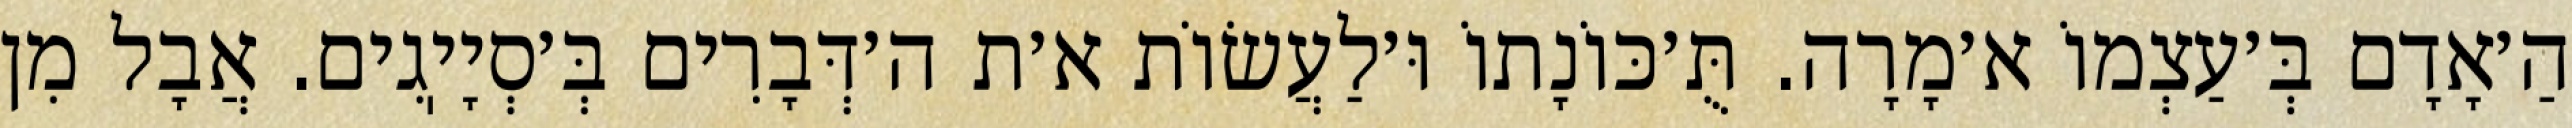
הַ׳אָדָם בְּ׳עַצְמוֹ א׳מָרָה. תֻּ׳כּוֹנָתוֹ וּ׳לַעֲשׂוֹת א׳ת ה׳דְּבָרִים בְּ׳סְיָיֽגִים. אֲבָל מִן